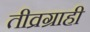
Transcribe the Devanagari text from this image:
तीव्रग्राही